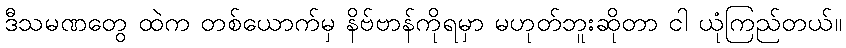
ဒီသမဏတွေ ထဲက တစ်ယောက်မှ နိဗ်ဗာန်ကိုရမှာ မဟုတ်ဘူးဆိုတာ ငါ ယုံကြည်တယ်။